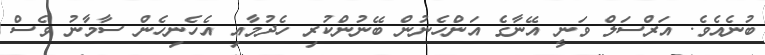
ބުނެއެވެ. އަރްސަލް ވަނީ އޭނާގެ އަންހެނުން ބޭނުންކުރި ހެދުމާއި އެހެނިހެން ސާމާނު ވެސް